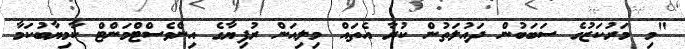
"މި މަރުކަޒުގެ ސަބަބުން ދައުލަތުން ކުރާ އެތައް މިލިއަން ރުފިޔާގެ އިންވެސްޓްމަންޓް ކާމިޔާބުކަމާ